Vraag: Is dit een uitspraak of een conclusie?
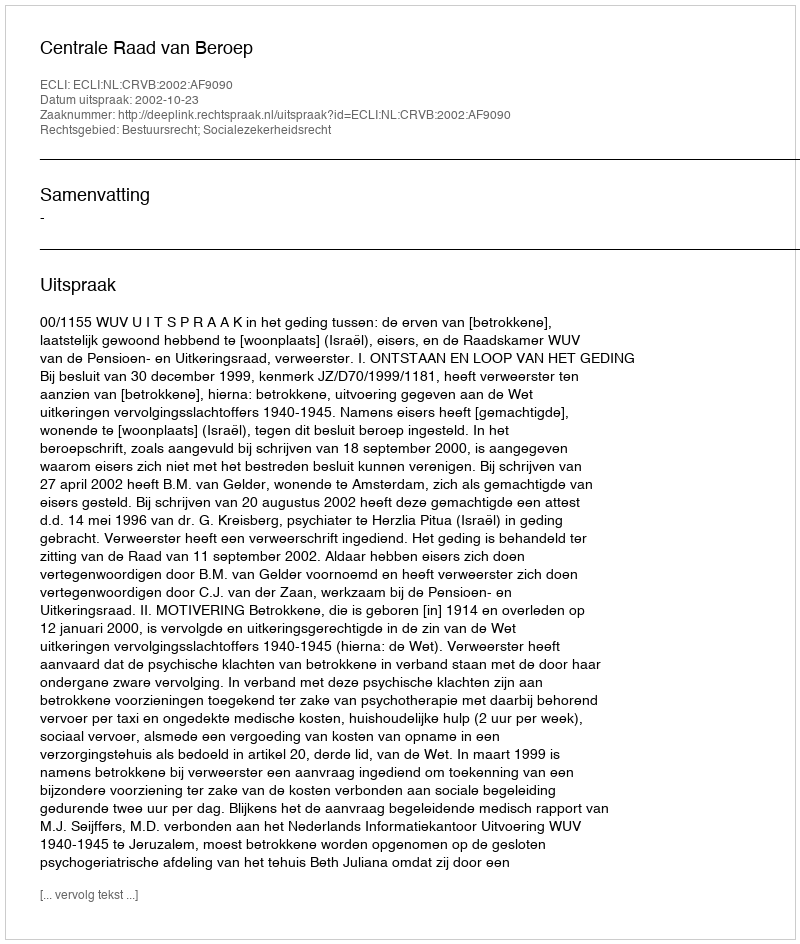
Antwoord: Uitspraak